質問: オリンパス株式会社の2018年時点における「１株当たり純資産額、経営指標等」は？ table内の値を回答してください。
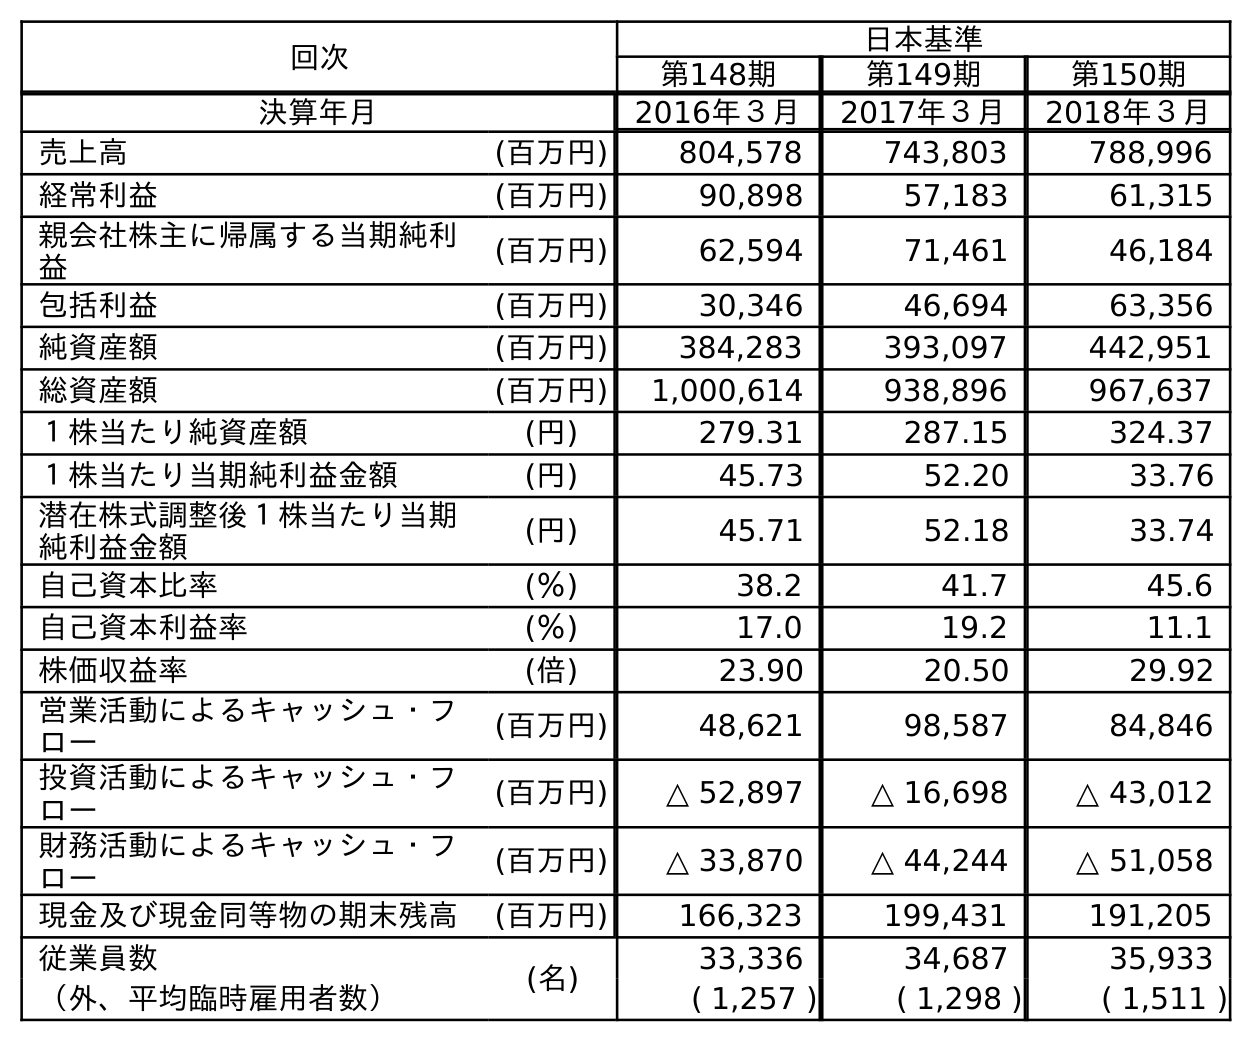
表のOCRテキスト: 回次 日本基準 第148期 第149期 第150期 決算年月 2016年３月 2017年３月 2018年３月 売上高 (百万円) 804,578 743,803 788,996 経常利益 (百万円) 90,898 57,183 61,315 親会社株主に帰属する当期純利 益 (百万円) 62,594 71,461 46,184 包括利益 (百万円) 30,346 46,694 63,356 純資産額 (百万円) 384,283 393,097 442,951 総資産額 (百万円) 1,000,614 938,896 967,637 １株当たり純資産額 (円) 279.31 287.15 324.37 １株当たり当期純利益金額 (円) 45.73 52.20 33.76 潜在株式調整後１株当たり当期 純利益金額 (円) 45.71 52.18 33.74 自己資本比率 (％) 38.2 41.7 45.6 自己資本利益率 (％) 17.0 19.2 11.1 株価収益率 (倍) 23.90 20.50 29.92 営業活動によるキャッシュ・フ ロー (百万円) 48,621 98,587 84,846 投資活動によるキャッシュ・フ ロー (百万円) △ 52,897 △ 16,698 △ 43,012 財務活動によるキャッシュ・フ ロー (百万円) △ 33,870 △ 44,244 △ 51,058 現金及び現金同等物の期末残高 (百万円) 166,323 199,431 191,205 従業員数 (名) 33,336 34,687 35,933 （外、平均臨時雇用者数） ( 1,257 ) ( 1,298 ) ( 1,511 )
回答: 324.37